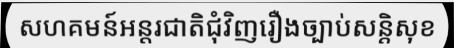
សហគមន៍អន្តរជាតិជុំវិញរឿងច្បាប់សន្តិសុខ